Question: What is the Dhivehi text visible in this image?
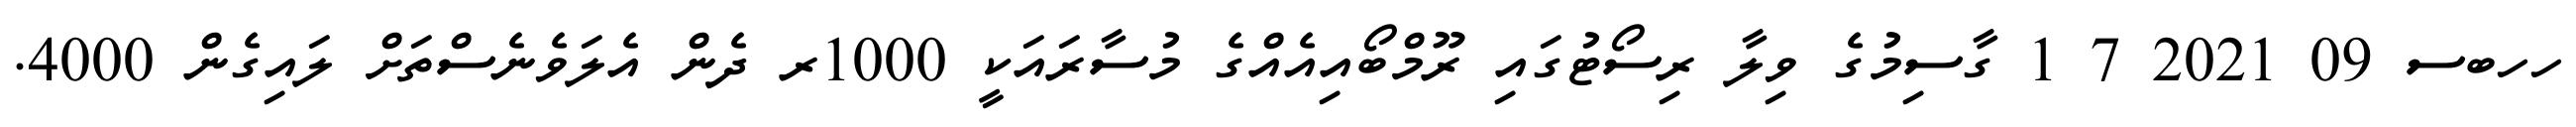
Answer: ހހބސ 09 2021 7 1 ގާސިމުގެ ވިލާ ރިސޯޓުގައި ރޫމްބޯއިއެއްގެ މުސާރައަކީ 1000ރ ދެން އެލަވެނެސްތަށް ލައިގެން 4000.